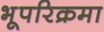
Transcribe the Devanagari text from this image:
भूपरिक्रमा